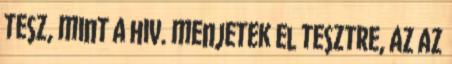
tesz, mint a hiv. menjetek el tesztre, az az